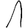
Digit: 1